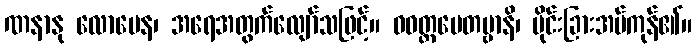
ဏနာနု လောမေန၊ အရေအတွက်လျော်သဖြင့်။ ဝဝတ္ထပေတဗ္ဗာနိ၊ ပိုင်းခြားအပ်ကုန်၏။